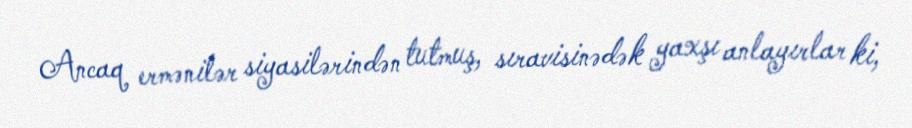
Ancaq ermənilər siyasilərindən tutmuş, sıravisinədək yaxşı anlayırlar ki,